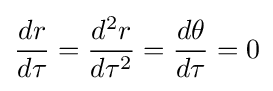
{\frac {dr}{d\tau }}={\frac {d^{2}r}{d\tau ^{2}}}={\frac {d\theta }{d\tau }}=0